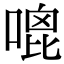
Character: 𠹇